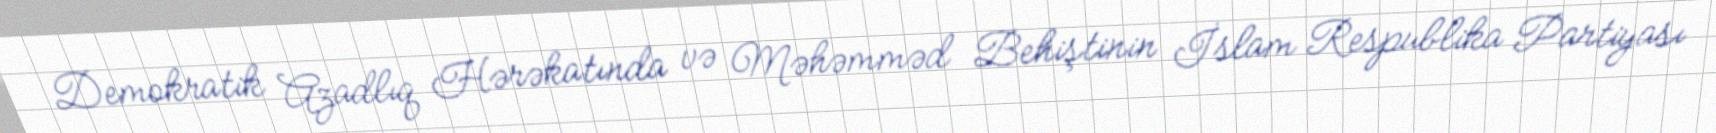
Demokratik Azadlıq Hərəkatında və Məhəmməd Behiştinin İslam Respublika Partiyası